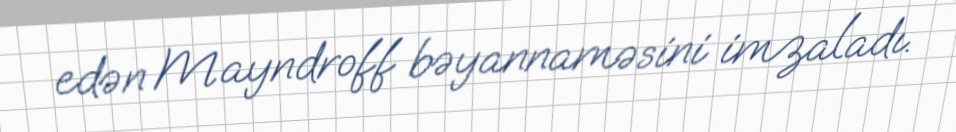
edən Mayndroff bəyannaməsini imzaladı.